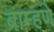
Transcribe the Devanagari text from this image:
ब्राम्हणे